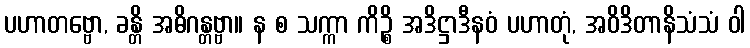
ပဟာတဗ္ဗော, ခန္တိ အဓိဂန္တဗ္ဗာ။ န စ သက္ကာ ကိဉ္စိ အဒိဋ္ဌာဒီနဝံ ပဟာတုံ, အဝိဒိတာနိသံသံ ဝါ